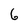
Character: 6